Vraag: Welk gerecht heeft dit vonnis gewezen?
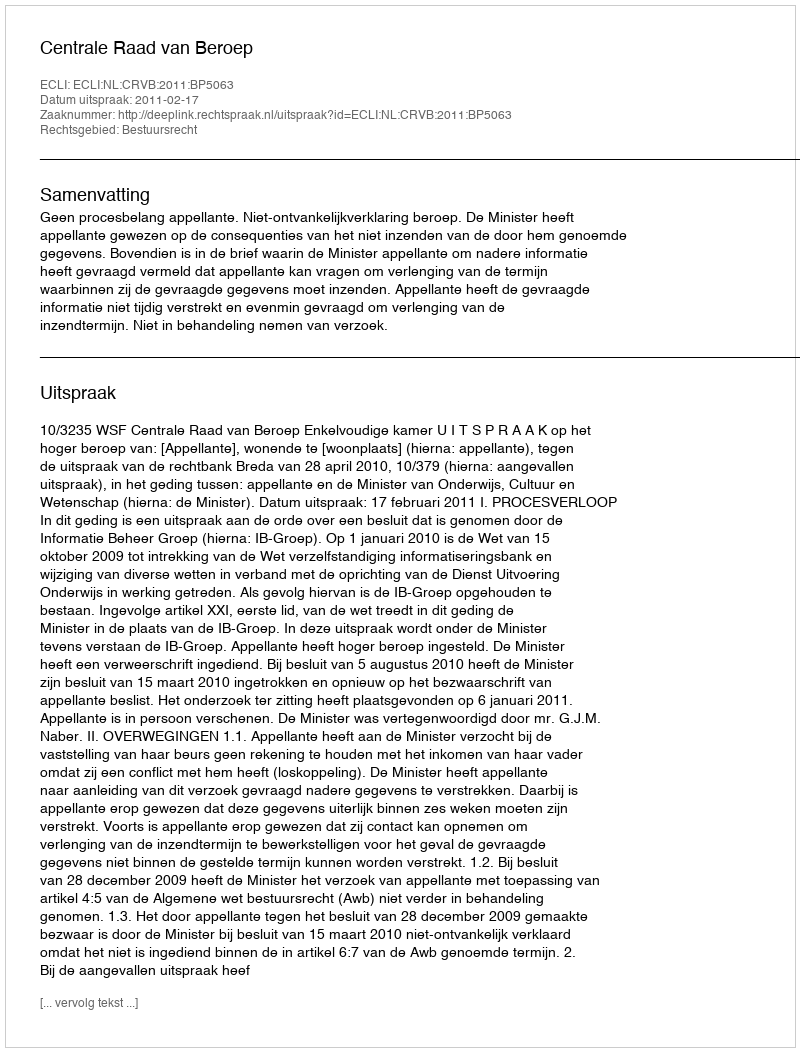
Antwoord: Centrale Raad van Beroep